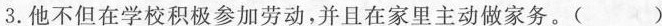
3.他不但在学校积极参加劳动，并且在家里主动做家务。()